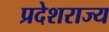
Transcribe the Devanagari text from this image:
प्रदेशराज्य